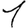
Digit: 1